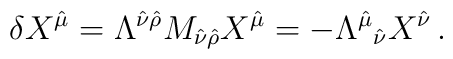
\delta X^{\hat\mu}=\Lambda^{\hat\nu\hat\rho}M_{\hat\nu\hat\rho}X^{\hat\mu}=-\Lambda^{\hat\mu}{}_{\hat\nu} X^{\hat\nu}\,.